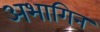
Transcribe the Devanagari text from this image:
अभागिन